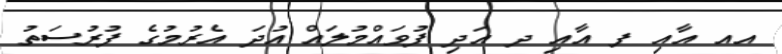
އއ އާއި ފ އާއި ދ އަދި ފުވައްމުލައް އުދަ އެރުމުގެ ފުރުސަތު